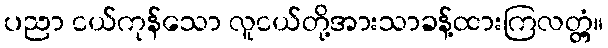
ပညာ ငယ်ကုန်သော လူငယ်တို့အားသာခန့်ထားကြလတ္တံ့။